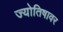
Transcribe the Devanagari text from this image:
ज्योतिषावर